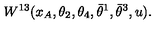
W ^ { 1 3 } ( x _ { A } , \theta _ { 2 } , \theta _ { 4 } , \bar { \theta } ^ { 1 } , \bar { \theta } ^ { 3 } , u ) .